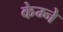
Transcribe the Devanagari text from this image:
केम्ने